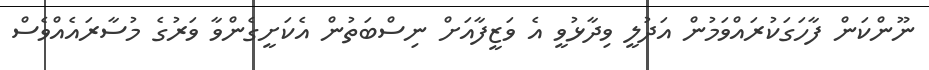
ނޫންކަން ފާހަގަކުރައްވަމުން އަދުލީ ވިދާޅުވީ އެ ވަޒީފާއަށް ނިސްބަތުން އެކަށީގެންވާ ވަރުގެ މުސާރައެއްވެސް